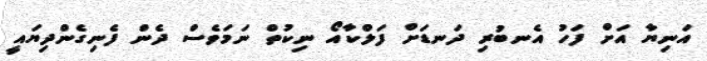
އަނިޔާ އަށް ފަހު އެނބުރި ދަނޑަށް ފަލްކާއޯ ނިކުތް ނަމަވެސް ދެން ފެނިގެންދިޔައީ